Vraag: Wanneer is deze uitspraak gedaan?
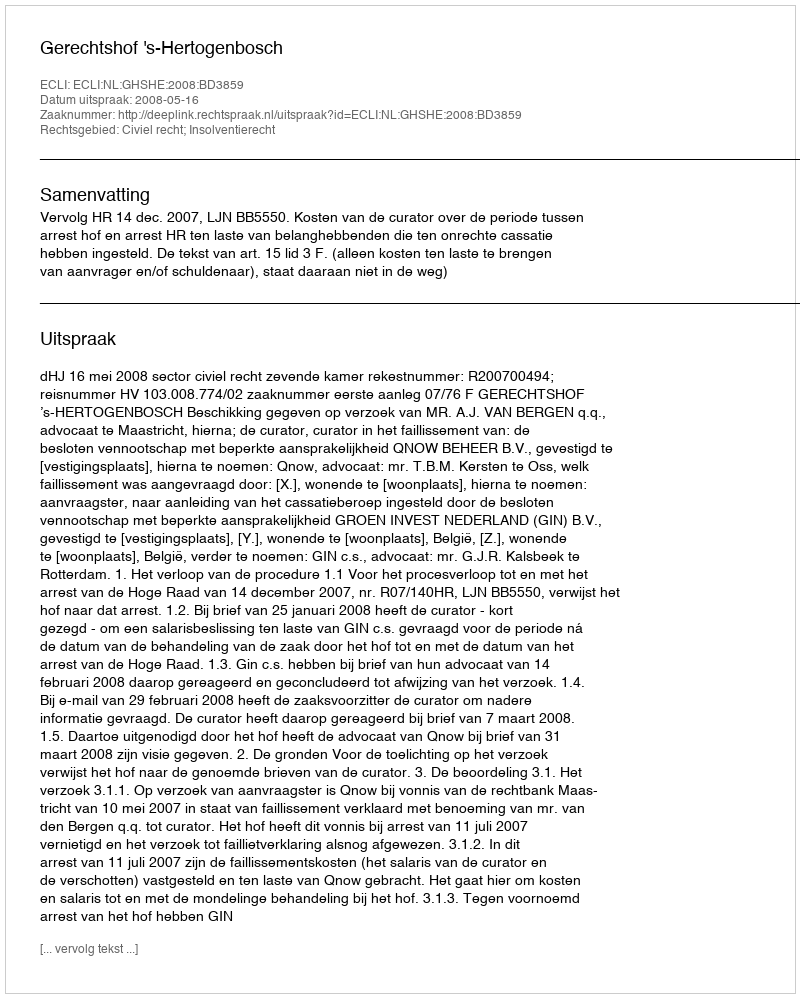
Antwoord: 2008-05-16